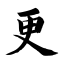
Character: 更